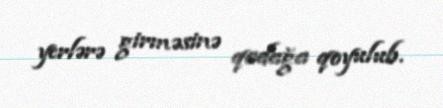
yerlərə girməsinə qadağa qoyulub.